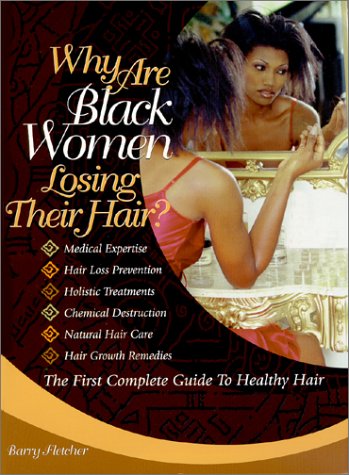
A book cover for Why Are Black Women Losing Their Hair?; Barry L. Fletcher; Health, Fitness & Dieting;